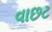
વાછટ